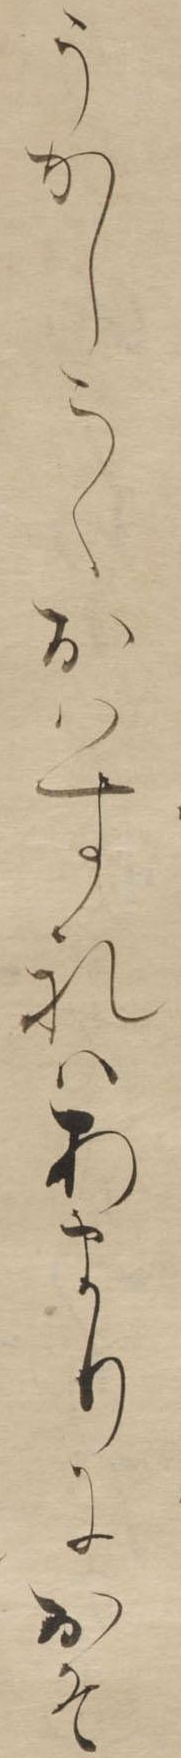
うかしこくおはすれはあまりにおそ